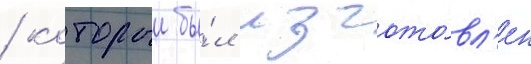
/ которыи бы́л изгото́вл'ен